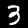
Digit: 3